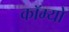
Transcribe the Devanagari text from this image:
कॉम्‍यो